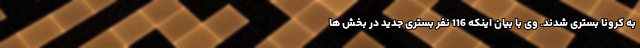
به کرونا بستری شدند. وی با بیان اینکه 116 نفر بستری جدید در بخش ها